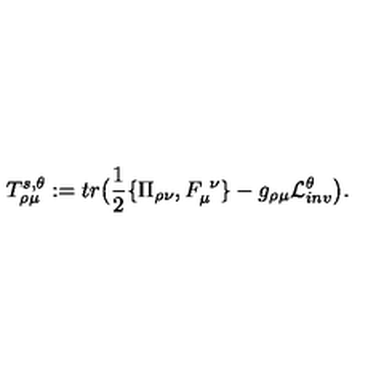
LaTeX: T _ { \rho \mu } ^ { s , \theta } : = t r \big ( { \frac { 1 } { 2 } } \{ \Pi _ { \rho \nu } , F _ { \mu } ^ { \ \nu } \} - g _ { \rho \mu } { \cal L } _ { i n v } ^ { \theta } \big ) .